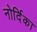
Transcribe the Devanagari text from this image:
नोर्दिका